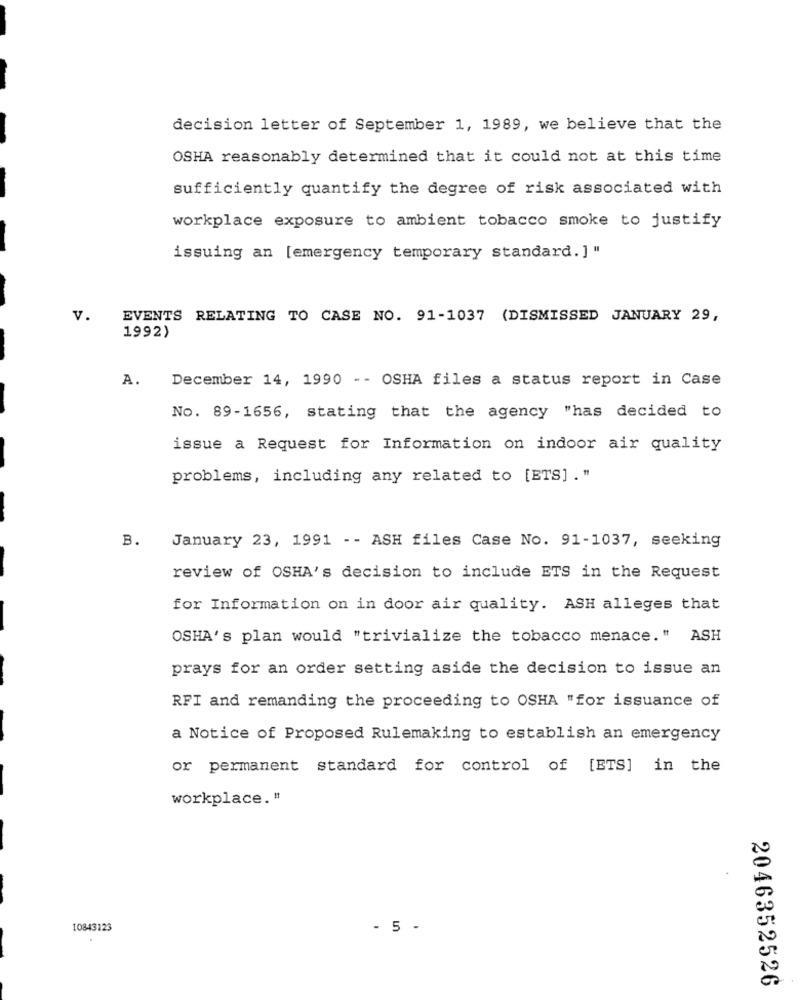
decision letter of September 1, 1989, we believe that the
OSHA reasonably determined that it could not at this time
sufficiently quantify the degree of risk associated with
workplace exposure to ambient tobacco smoke to justify
issuing an [emergency temporary standard. ] "
V.
EVENTS RELATING TO CASE NO. 91-1037 (DISMISSED JANUARY 29,
1992)
A. December 14, 1990 -- OSHA files a status report in Case
No. 89-1656, stating that the agency "has decided to
issue a Request for Information on indoor air quality
problems, including any related to [ETS] ."
B.
January 23, 1991 -- ASH files Case No. 91-1037, seeking
review of OSHA's decision to include ETS in the Request
for Information on in door air quality. ASH alleges that
OSHA's plan would "trivialize the tobacco menace. " ASH
prays for an order setting aside the decision to issue an
RFI and remanding the proceeding to OSHA "for issuance of
a Notice of Proposed Rulemaking to establish an emergency
or permanent standard for control of [ETS] in the
workplace."
10843123
- 5 -
2046352526